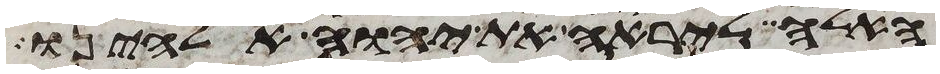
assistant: האלה ליראה את יהוה אלהינו